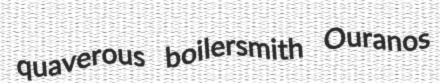
quaverous boilersmith Ouranos